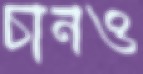
চানও